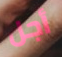
أجل